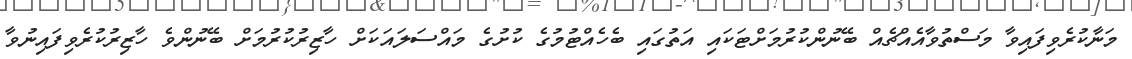
މަނާކުރެވިފައިވާ މަސްތުވާއެއްޗެއް ބޭނުންކުރުމަށްޓަކައި އަތުގައި ބެހެއްޓުމުގެ ކުށުގެ މައްސަލައަކަށް ހާޒިރުކުރުމަށް ބޭނުންވެ ހާޒިރުކުރެވިފައިނުވާ